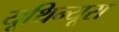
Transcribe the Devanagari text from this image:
यूथिन्यूरा